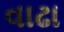
વાઢા